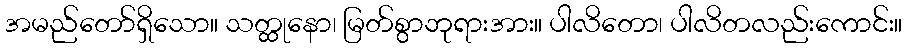
အမည်တော်ရှိသော။ သတ္ထုနော၊ မြတ်စွာဘုရားအား။ ပါလိတော၊ ပါလိတလည်းကောင်း။